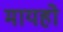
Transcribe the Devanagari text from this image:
मायहो